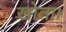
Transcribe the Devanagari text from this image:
खोता।